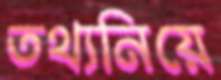
তথ্যনিয়ে